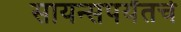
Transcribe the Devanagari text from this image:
सायन्सपर्यंतचे